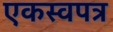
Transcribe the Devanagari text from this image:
एकस्वपत्र